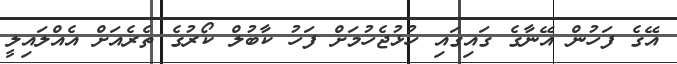
އޭގެ ފަހުން އޭނާގެ ގައިގައި ހުޅުޖެހުމަށް ފަހު ކާބުލް ކޯރުގެ ތެރެއަށް އެއްލައިލީ